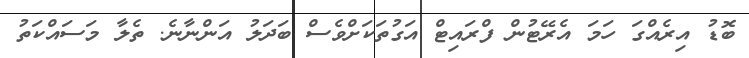
ބޮޑު އިރެއްގަ ހަމަ އެރޭޓުން ފްރައިޓް އަގުތަކަށްވެސް ބަދަލު އަންނާނެ. ތެލާ މަސައްކަތު